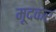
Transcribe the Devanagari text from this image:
मूदकर